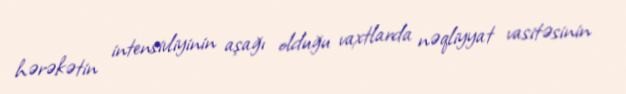
hərəkətin intensivliyinin aşağı olduğu vaxtlarda nəqliyyat vasitəsinin